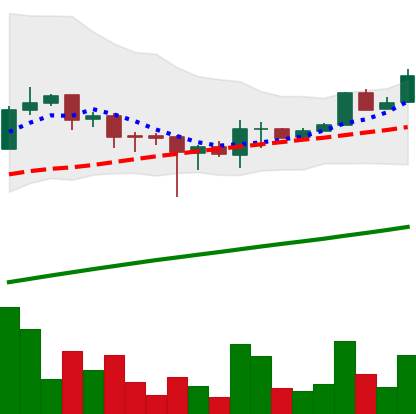
Ticker: LTC-USD
Chart end date: 2017-08-08
Forward return: -5.797%
Label: down_5_7